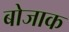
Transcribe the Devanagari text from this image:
बोजाक